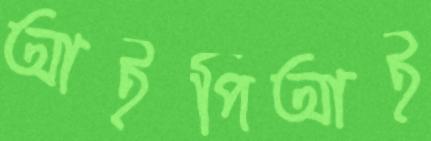
আইপিআই